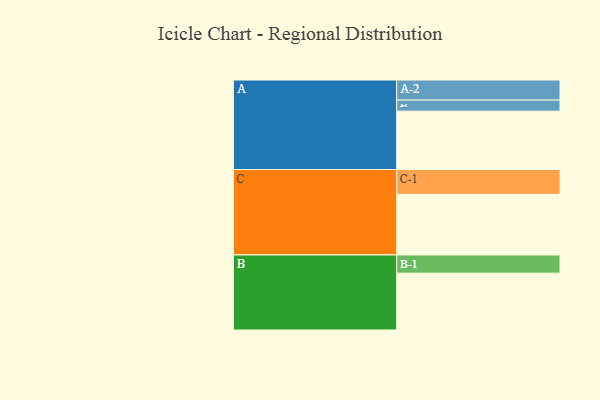
{"axis": {"x": "Segment", "y": "Value"}, "legend": ["", "A", "B", "C"], "data": [{"x": "A", "y": 532, "type": ""}, {"x": "B", "y": 518, "type": ""}, {"x": "C", "y": 553, "type": ""}, {"x": "A-1", "y": 101, "type": "A"}, {"x": "A-2", "y": 183, "type": "A"}, {"x": "B-1", "y": 166, "type": "B"}, {"x": "C-1", "y": 226, "type": "C"}]}